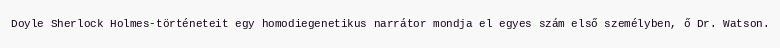
Doyle Sherlock Holmes-történeteit egy homodiegenetikus narrátor mondja el egyes szám első személyben, ő Dr. Watson.